Annual report on the working of the lock hospitals in the Central Provinces
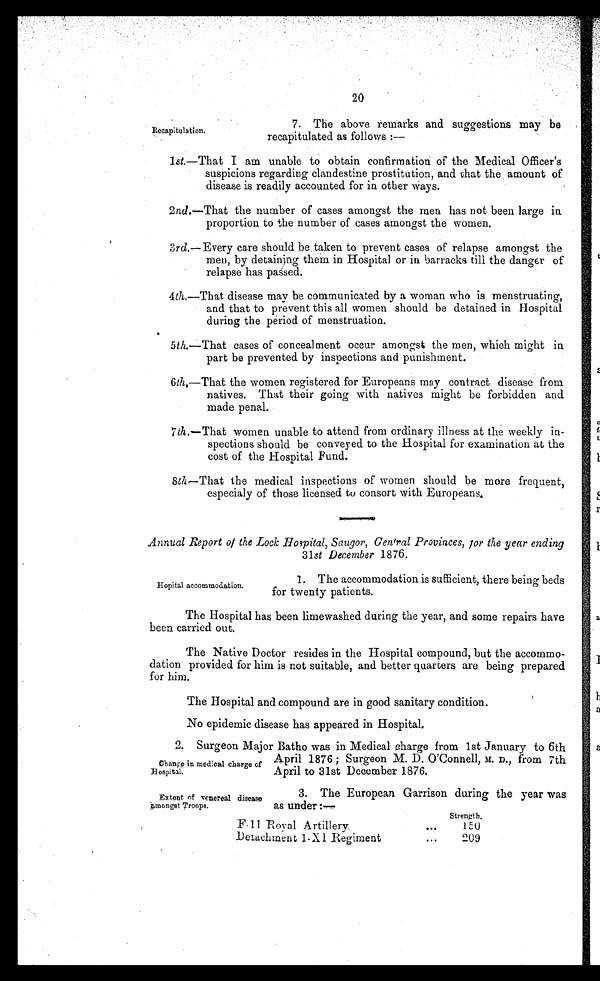
20
Recapitulation.
7. The above remarks and suggestions may be
recapitulated as follows :—
l st.—That I am unable to obtain confirmation of the Medical Officer's
suspicions regarding clandestine prostitution, and that the amount of
disease is readily accounted for in other Ways.
2 nd .—That the number of cases amongst the men has not been large in
proportion to the number of cases amongst the women.
3 rd.—Every care should be taken to prevent cases of relapse amongst the
men, by detaining them in Hospital or in barracks till the danger of
relapse has passed.
4 th.— T h a t d i s e a s e m a y b e c o m m u n i c a t e d b y a w o m a n w h o i s m e n s t r u a t i n g ,
and that to prevent this all women should be detained in Hospital
during the period of menstruation.
5 th .—That cases of concealment occur amongst the men, which might in
part be prevented by inspections and punishment.
6th.—That the women registered for Europeans may contract disease from
natives. That their going with natives might be forbidden and
made penal.
7 th .—That women unable to attend from ordinary illness at the weekly in-
spections should be conveyed to the Hospital for examination at the
cost of the Hospital Fund.
8 th —That the medical inspections of women should be more frequent,
especialy of those licensed to consort with Europeans.
Annual Report of the Lock Hospital, Saugor, Cen'ral Provinces, for the year ending
31 st December 1876.
Hopital accommodation.
1. The accommodation is sufficient, there being beds
for twenty patients.
The Hospital has been limewashed during the year, and some repairs have
been carried out.
The Native Doctor resides in the Hospital compound, but the accommo-
dation provided for him is not suitable, and better quarters are being prepared
for him.
The Hospital and compound are in good sanitary condition.
No epidemic disease has appeared in Hospital
.
Change in medical charge of
H o s p i t a l .
2. Surgeon Major Batho was in Medical charge from 1st January to 6th
April 1876;Surgeon M. D. O'Connell, M. D., from 7th
April to 31st December 1876.
Extent of venereal disease
amongst Troops.
3. The European Garrison during the year was
as under :—
Strength.
F-11 Royal Artillery.
...
1 5 0
Detachment 1-XI Regiment
. . .
209